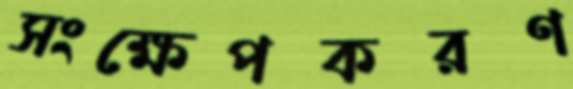
সংক্ষেপকরণ